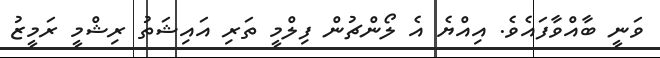
ވަނީ ބާއްވާފައެވެ. އިއްޔެ އެ ލޯންޗުން ފިލްމީ ތަރި އައިޝަތު ރިޝްމީ ރަމީޒު